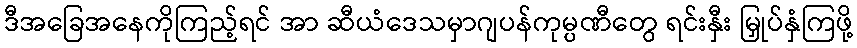
ဒီအခြေအနေကိုကြည့်ရင် အာ ဆီယံဒေသမှာဂျပန်ကုမ္ပဏီတွေ ရင်းနှီး မြှုပ်နှံကြဖို့